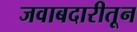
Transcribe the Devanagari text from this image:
जवाबदारीतून